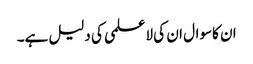
ان کاسوال ان کی لاعلمی کی دلیل ہے۔